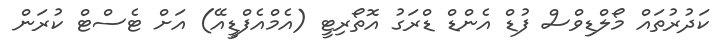
ކަދުރުތައް މޯލްޑިވްސް ފުޑް އެންޑް ޑްރަގު އޮތޯރިޓީ (އެމްއެފްޑީއޭ) އަށް ޓެސްޓް ކުރަން